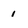
Character: i